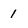
Character: 1